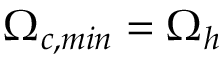
\Omega _ { c , m i n } = \Omega _ { h }